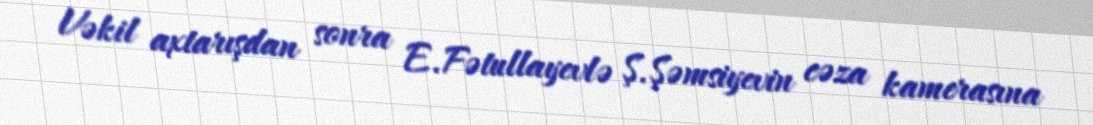
Vəkil axtarışdan sonra E.Fətullayevlə Ş.Şəmsiyevin cəza kamerasına